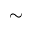
\sim